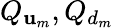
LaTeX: Q_{\mathbf{u}_{m}},Q_{d_{m}}